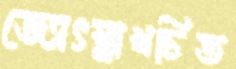
জ্যোৎস্নাখচিত